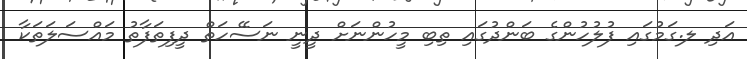
އަދި ލ.ގަމުގައި ފުލުހުންގެ ބަންދުގައި ތިބި މީހުންނަށް ދީނީ ނަސޭހަތް ދީފިތަފާތު މައްސަލަތަކާ